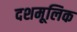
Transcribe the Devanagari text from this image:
दशमूलिक